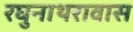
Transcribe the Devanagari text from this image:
रघुनाथरावास